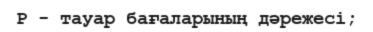
Р - тауар бағаларының дәрежесі;